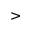
>